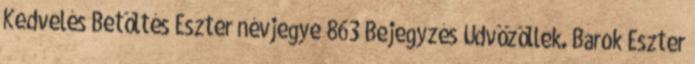
Kedvelés Betöltés Eszter névjegye 863 Bejegyzés Üdvözöllek. Barok Eszter